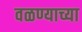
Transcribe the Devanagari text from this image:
वळण्याच्या